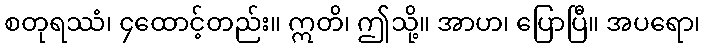
စတုရဿံ၊ ၄ထောင့်တည်း။ ဣတိ၊ ဤသို့။ အာဟ၊ ပြောပြီ။ အပရော၊